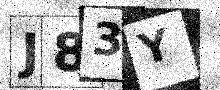
Text: J83Y